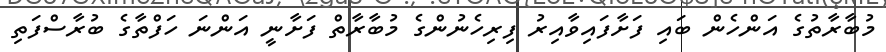
މުބާރާތުގެ އަންހެން ބައި ފަށާފައިވާއިރު ފިރިހެނުންގެ މުބާރާތް ފަށާނީ އަންނަ ހަފްތާގެ ބުރާސްފަތި